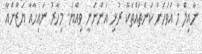
ނާއިލް މާ އަވަހަށް ކަންތައްތަކާ ރުޅި އަންނަނީ ވިއްޔަ. މިހާރު ނައިހާއާ ޔަޒާންއާ